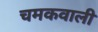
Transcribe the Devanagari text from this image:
चमकवाली